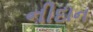
નીદાન